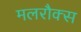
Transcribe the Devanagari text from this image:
मलरौक्स